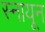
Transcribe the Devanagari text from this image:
स्नायून